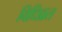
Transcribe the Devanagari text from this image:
विधिव्रत